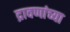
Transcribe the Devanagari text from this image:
द्रावणांच्या